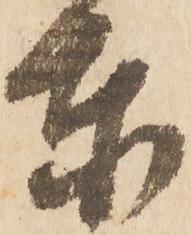
東